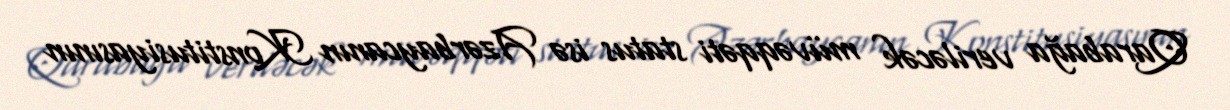
Qarabağa veriləcək müvəqqəti status isə Azərbaycanın Konstitusiyasının